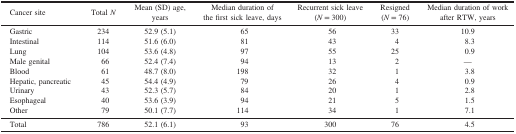
<table><thead><tr><td><b>Cancer site</b></td><td><b>Total <i>N</i></b></td><td><b>Mean (SD) age,years</b></td><td><b>Median duration ofthe first sick leave, days</b></td><td><b>Recurrent sick leave(<i>N</i> = 300)</b></td><td><b>Resigned(<i>N</i> = 76)</b></td><td><b>Median duration of workafter RTW, years</b></td></tr></thead><tbody><tr><td>Gastric</td><td>234</td><td>52.9 (5.1)</td><td>65</td><td>56</td><td>33</td><td>10.9</td></tr><tr><td>Intestinal</td><td>114</td><td>51.6 (6.0)</td><td>81</td><td>43</td><td>4</td><td>8.3</td></tr><tr><td>Lung</td><td>104</td><td>53.6 (4.8)</td><td>97</td><td>55</td><td>25</td><td>0.9</td></tr><tr><td>Male genital</td><td>66</td><td>52.4 (7.4)</td><td>94</td><td>13</td><td>2</td><td>—</td></tr><tr><td>Blood</td><td>61</td><td>48.7 (8.0)</td><td>198</td><td>32</td><td>1</td><td>3.8</td></tr><tr><td>Hepatic, pancreatic</td><td>45</td><td>54.4 (4.9)</td><td>79</td><td>26</td><td>4</td><td>0.9</td></tr><tr><td>Urinary</td><td>43</td><td>52.3 (5.7)</td><td>84</td><td>20</td><td>1</td><td>2.8</td></tr><tr><td>Esophageal</td><td>40</td><td>53.6 (3.9)</td><td>94</td><td>21</td><td>5</td><td>1.5</td></tr><tr><td>Other</td><td>79</td><td>50.1 (7.7)</td><td>114</td><td>34</td><td>1</td><td>7.1</td></tr><tr><td>Total</td><td>786</td><td>52.1 (6.1)</td><td>93</td><td>300</td><td>76</td><td>4.5</td></tr></tbody></table>